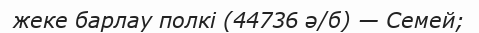
жеке барлау полкі (44736 ә/б) — Семей;